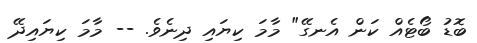
ބޮޑު ބޯޓެއް ކަން އެނގޭ" މާމަ ކިޔައި ދިނެވެ. -- މާމަ ކިޔައިދޭ